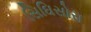
સિઘિસોરા